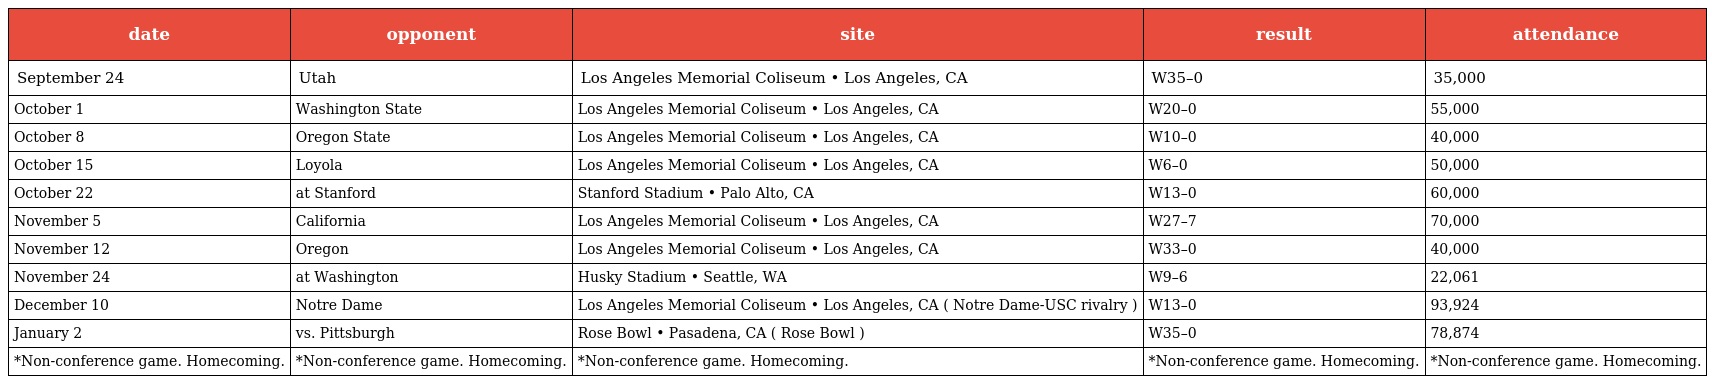
| date | opponent | site | result | attendance |
 | --- | --- | --- | --- | --- |
 | September 24 | Utah | Los Angeles Memorial Coliseum • Los Angeles, CA | W35–0 | 35,000 |
 | October 1 | Washington State | Los Angeles Memorial Coliseum • Los Angeles, CA | W20–0 | 55,000 |
 | October 8 | Oregon State | Los Angeles Memorial Coliseum • Los Angeles, CA | W10–0 | 40,000 |
 | October 15 | Loyola | Los Angeles Memorial Coliseum • Los Angeles, CA | W6–0 | 50,000 |
 | October 22 | at Stanford | Stanford Stadium • Palo Alto, CA | W13–0 | 60,000 |
 | November 5 | California | Los Angeles Memorial Coliseum • Los Angeles, CA | W27–7 | 70,000 |
 | November 12 | Oregon | Los Angeles Memorial Coliseum • Los Angeles, CA | W33–0 | 40,000 |
 | November 24 | at Washington | Husky Stadium • Seattle, WA | W9–6 | 22,061 |
 | December 10 | Notre Dame | Los Angeles Memorial Coliseum • Los Angeles, CA ( Notre Dame-USC rivalry ) | W13–0 | 93,924 |
 | January 2 | vs. Pittsburgh | Rose Bowl • Pasadena, CA ( Rose Bowl ) | W35–0 | 78,874 |
 | *Non-conference game. Homecoming. | *Non-conference game. Homecoming. | *Non-conference game. Homecoming. | *Non-conference game. Homecoming. | *Non-conference game. Homecoming. |